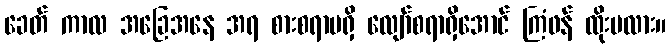
ခေတ် ကာလ အခြေအနေ အရ စားစရာမရှိ လျော်စရာရှိအောင် ကြံဖန် ထိုးမလား။